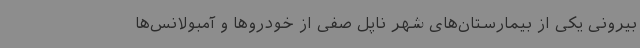
بیرونی یکی از بیمارستان‌های شهر ناپل صفی از خودروها و آمبولانس‌ها